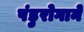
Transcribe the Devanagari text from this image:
पंडुरोगाने